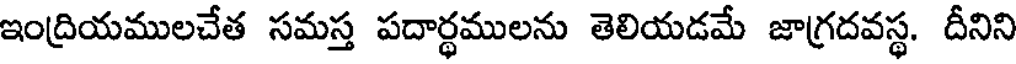
ఇంద్రియములచేత సమస్త పదార్థములను తెలియడమే జాగ్రదవస్థ. దీనిని